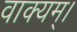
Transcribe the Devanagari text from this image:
वाक्यम्।